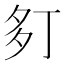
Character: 𫯍